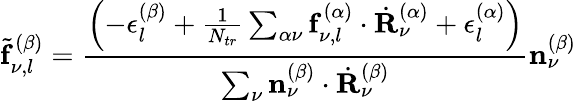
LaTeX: \tilde{\mathbf{f}}_{\nu,l}^{(\beta)}=\frac{\left(-\epsilon_{l}^{(\beta)}+\frac{1}{N_{tr}}\sum_{\alpha\nu}\mathbf{f}_{\nu,l}^{(\alpha)}\cdot\dot{\mathbf{R}}_{\nu}^{(\alpha)}+\epsilon_{l}^{(\alpha)}\right)}{\sum_{\nu}\mathbf{n}_{\nu}^{(\beta)}\cdot\dot{\mathbf{R}}_{\nu}^{(\beta)}}\mathbf{n}_{\nu}^{(\beta)}